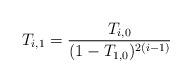
LaTeX: \begin{align*}T_{i,1}=\frac{T_{i,0}}{(1-T_{1,0})^{2(i-1)}}\end{align*}